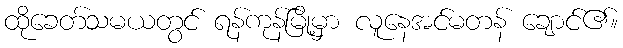
ထိုခေတ်သမယတွင် ရန်ကုန်မြို့မှာ လူနေအင်မတန် ချောင်၏။